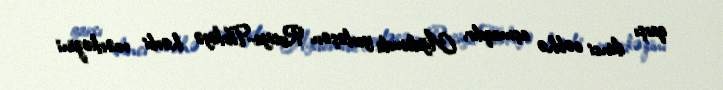
qarşı ikinci cəbhə açmaqdır, Ağdamda yerləşən Rusiya-Türkiyə hərbi mərkəzini